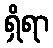
ရှိရာ